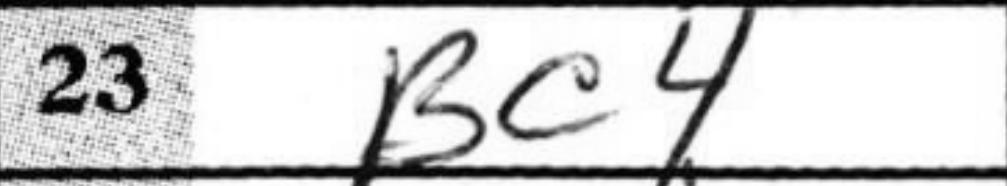
Transcription: Bc4